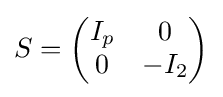
S={\begin{pmatrix}I_{p}&0\\0&-I_{2}\end{pmatrix}}